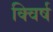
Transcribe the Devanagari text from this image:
क्विर्ष